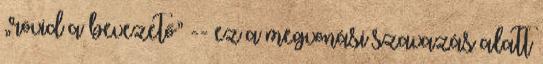
„rövid a bevezető” -- ez a megvonási szavazás alatt